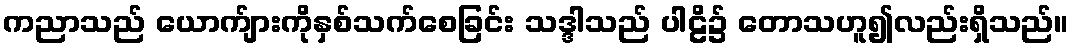
ကညာသည် ယောက်ျားကိုနှစ်သက်စေခြင်း သဒ္ဒါသည် ပါဠိ၌ တောသဟူ၍လည်းရှိသည်။